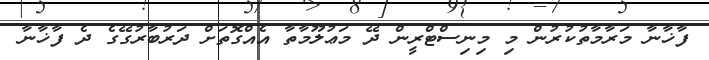
ފާޚާނާ މަރާމާތުކުރުން މި މިނިސްޓްރީން ދޭ މަޢުލޫމާތާ އެއްގޮތަށް ދަރުބާރުގޭގެ ދެ ފާޚާނާ